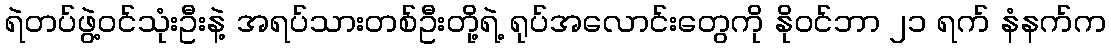
ရဲတပ်ဖွဲ့ဝင်သုံးဦးနဲ့ အရပ်သားတစ်ဦးတို့ရဲ့ ရုပ်အလောင်းတွေကို နိုဝင်ဘာ ၂၁ ရက် နံနက်က